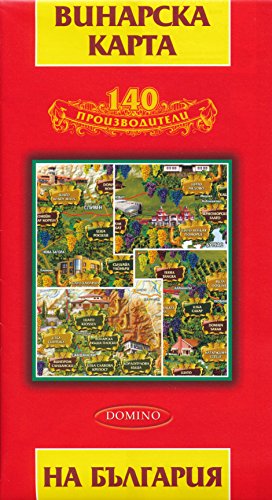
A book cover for Bulgaria Winery Map with guide DOMINO; Domino Bulgaria; Travel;